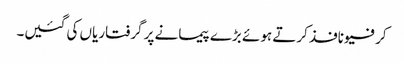
کرفیو نافذ کرتے ہوئے بڑے پیمانے پر گرفتاریاں کی گئیں۔